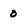
Character: 0